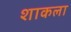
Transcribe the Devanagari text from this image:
शाकला